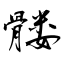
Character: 髅